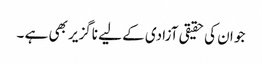
جو ان کی حقیقی آزادی کے لیے ناگزیر بھی ہے ۔